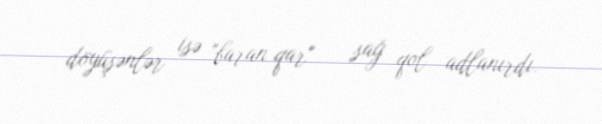
döyüşənlər isə "baran qar" — sağ qol adlanırdı.